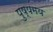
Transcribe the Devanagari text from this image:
पुष्पमय